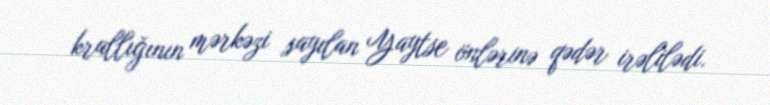
krallığının mərkəzi sayılan Yaytse önlərinə qədər irəlilədi.